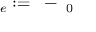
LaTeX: \mathbf { \varepsilon } _ { e } : = \mathbf { \varepsilon } - \mathbf { \varepsilon } _ { 0 }